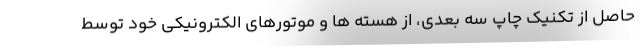
حاصل از تکنیک چاپ سه بعدی، از هسته ها و موتورهای الکترونیکی خود توسط